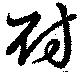
尉